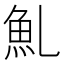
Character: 䰲